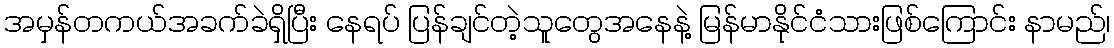
အမှန်တကယ်အခက်ခဲရှိပြီး နေရပ် ပြန်ချင်တဲ့သူတွေအနေနဲ့ မြန်မာနိုင်ငံသားဖြစ်ကြောင်း နာမည်၊